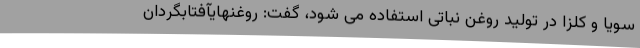
سویا و کلزا در تولید روغن نباتی استفاده می شود، گفت: روغنهایآفتابگردان